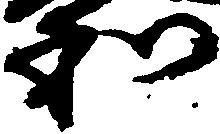
和